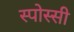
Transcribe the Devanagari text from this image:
स्पोस्सी